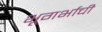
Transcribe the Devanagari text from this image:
भूगर्भाची